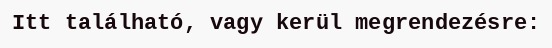
Itt található, vagy kerül megrendezésre: